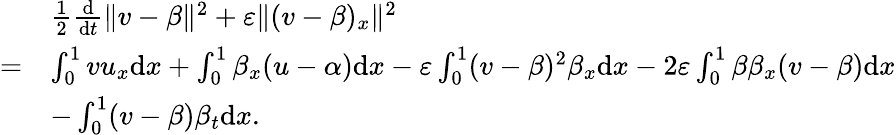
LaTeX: \begin{array}{rl}&{\frac 12\frac{\mathrm{d}}{\mathrm{d}t}\| v-\beta\| ^{2}+\varepsilon\| (v-\beta)_{x}\| ^{2}}\\ {=}&{\int_{0}^{1}vu_{x}\mathrm{d}x+\int_{0}^{1}\beta_{x}(u-\alpha)\mathrm{d}x-\varepsilon\int_{0}^{1}(v-\beta)^{2}\beta_{x}\mathrm{d}x-2\varepsilon\int_{0}^{1}\beta\beta_{x}(v-\beta)\mathrm{d}x}\\ &{-\int_{0}^{1}(v-\beta)\beta_{t}\mathrm{d}x.}\end{array}